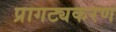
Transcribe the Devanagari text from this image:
प्रागट्यकरण